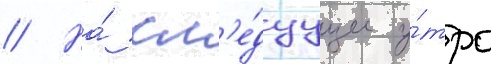
// На́ сл'е́дуущее у́тро